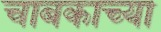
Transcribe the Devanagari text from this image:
चाबकाच्या